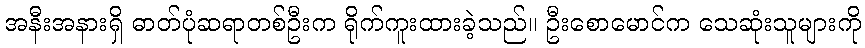
အနီးအနားရှိ ဓာတ်ပုံဆရာတစ်ဦးက ရိုက်ကူးထားခဲ့သည်။ ဦးစောမောင်က သေဆုံးသူများကို